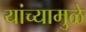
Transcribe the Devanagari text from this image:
यांच्‍यामुळे